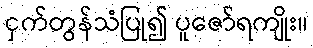
ငှက်တွန်သံပြု၍ ပူဇော်ရကျိုး။